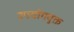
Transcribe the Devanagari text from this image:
उपयोगयुक्त